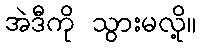
အဲဒီကို သွားမလို့။